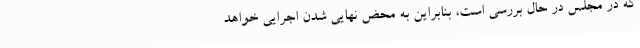
که در مجلس در حال بررسی است، بنابراین به محض نهایی شدن اجرایی خواهد